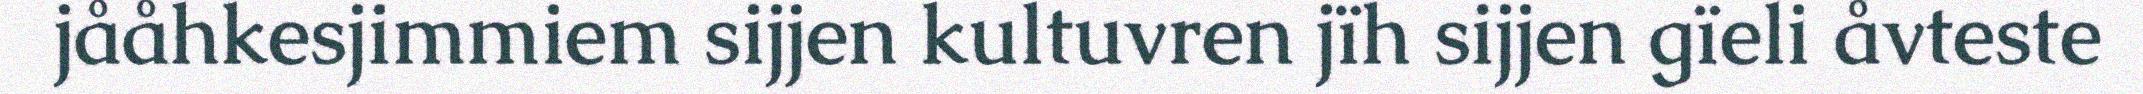
jååhkesjimmiem sijjen kultuvren jïh sijjen gïeli åvteste